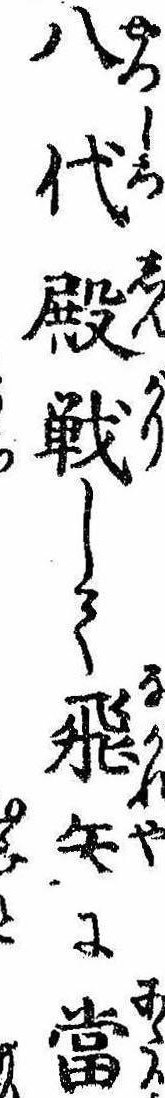
八代殿戦して飛矢に当